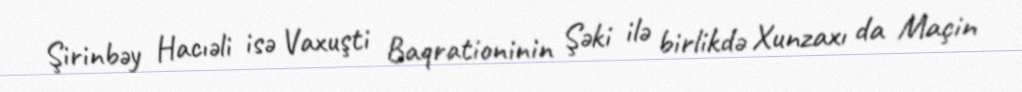
Şirinbəy Hacıəli isə Vaxuşti Baqrationinin Şəki ilə birlikdə Xunzaxı da Maçin